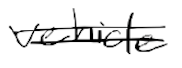
Text: vehicle
Cross-out: double-line
Writing tool: digital_black